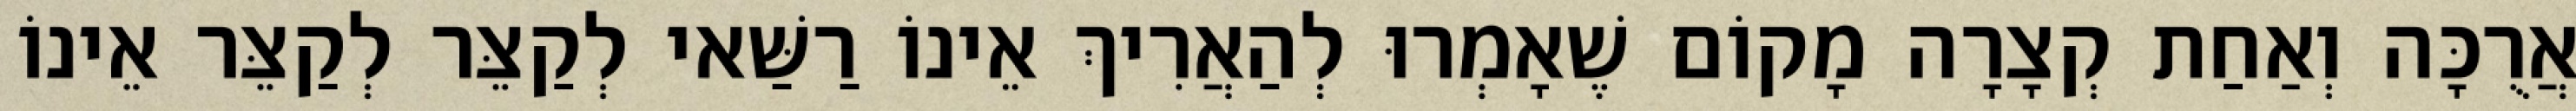
אֲרֻכָּה וְאַחַת קְצָרָה מָקוֹם שֶׁאָמְרוּ לְהַאֲרִיךְ אֵינוֹ רַשַּׁאי לְקַצֵּר לְקַצֵּר אֵינוֹ